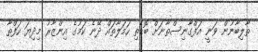
ތާލިބާނުން ވަނީ އަފްގާނިސްތާނަށް ބޮޑެތި ހަމަލާތައް ދޭނެ ކަމުގެ އިންޒާރު މިދިޔަ ހަފްތާ